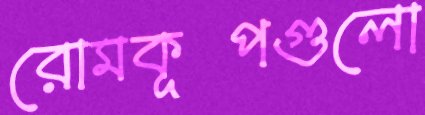
রোমকূপগুলো